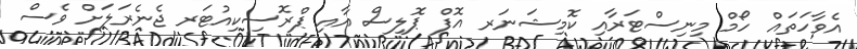
އެވާހަތައް ހޯމް މިނިސްޓަރާއި ކޮމިޝަނަރ އޮފް ޕޮލިސް އާއި ޕްރޮސިކިއުޓަރ ޖެނެރަލަށް ވެސް